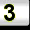
Digit: 3